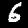
Label: 6